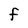
Character: F